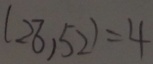
( 2 8 , 5 2 ) = 4